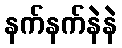
နက်နက်နဲနဲ